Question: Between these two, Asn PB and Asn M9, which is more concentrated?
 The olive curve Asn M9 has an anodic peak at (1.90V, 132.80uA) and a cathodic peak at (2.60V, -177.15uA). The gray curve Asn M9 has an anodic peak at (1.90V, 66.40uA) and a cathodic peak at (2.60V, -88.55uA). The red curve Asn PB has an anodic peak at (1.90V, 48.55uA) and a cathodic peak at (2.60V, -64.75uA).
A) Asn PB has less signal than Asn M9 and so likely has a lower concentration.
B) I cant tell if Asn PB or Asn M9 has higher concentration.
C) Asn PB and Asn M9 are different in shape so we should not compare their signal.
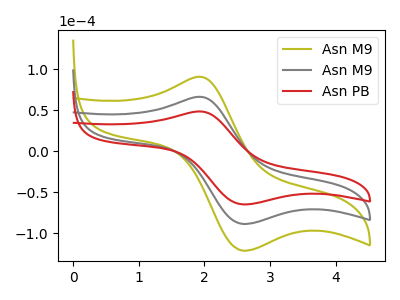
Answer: <think>All the peaks in "Asn PB" have a peak in "Asn M9" at the same potential. Every peak in "Asn PB" is lower than every peak in "Asn M9".
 </think>
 <answer>A) "Asn PB" has less signal than "Asn M9" and so likely has a lower concentration.</answer>
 <eval>A</eval>